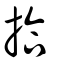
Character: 拾